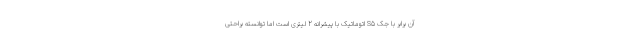
آن برابر با جک S5 اتوماتیک با پیشرانه 2 لیتری است اما توانسته براحتی